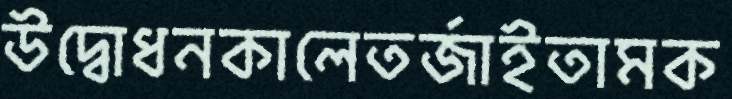
উদ্বোধনকালেতর্জাইতামক